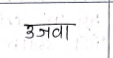
मजकूर: उजवा